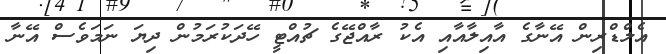
އެލްޑްރިން އޭނާގެ އާއިލާއާއި އެކު ރާއްޖޭގެ ޗުއްޓީ ހޭދަކުރަމުން ދިޔަ ނަމަވެސް އޭނާ